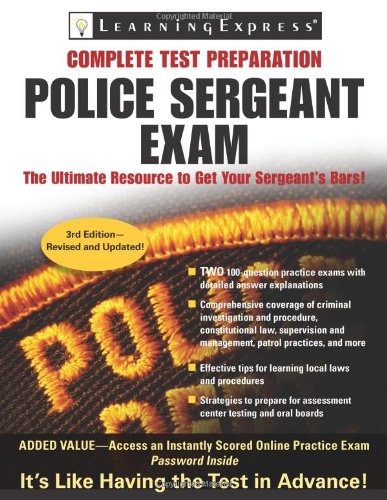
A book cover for Police Sergeant Exam; LearningExpress LLC Editors; Test Preparation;